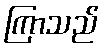
ကြာသည်